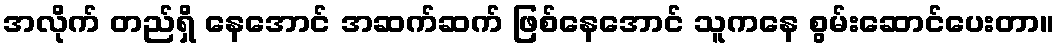
အလိုက် တည်ရှိ နေအောင် အဆက်ဆက် ဖြစ်နေအောင် သူကနေ စွမ်းဆောင်ပေးတာ။